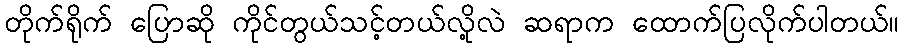
တိုက်ရိုက် ပြောဆို ကိုင်တွယ်သင့်တယ်လို့လဲ ဆရာက ထောက်ပြလိုက်ပါတယ်။